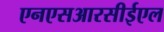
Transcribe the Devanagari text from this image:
एनएसआरसीईएल